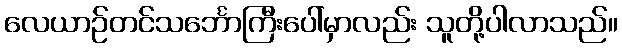
လေယာဉ်တင်သင်္ဘောကြီးပေါ်မှာလည်း သူတို့ပါလာသည်။